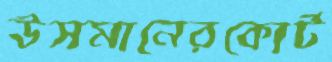
উসমানেরকোর্ট